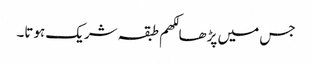
جس میں پڑھا لکھم طبقہ شریک ہوتا۔